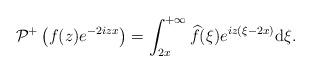
LaTeX: \begin{align*} & \mathcal{P}^+\left(f(z) e^{-2iz x}\right) =\int_{2x}^{+\infty} \widehat{f}(\xi)e^{iz(\xi-2x) }\mathrm{d}\xi.\end{align*}